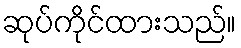
ဆုပ်ကိုင်ထားသည်။